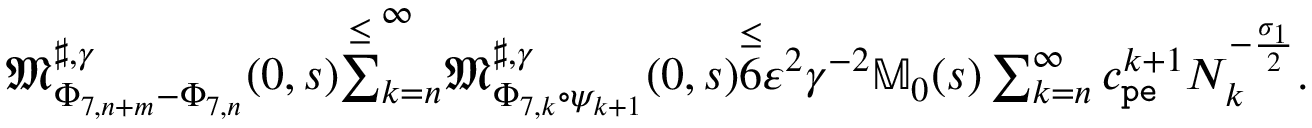
\begin{array} { r } { \mathfrak { M } _ { \Phi _ { 7 , n + m } - \Phi _ { 7 , n } } ^ { \sharp , \gamma } ( 0 , s ) \overset { \le } \sum _ { k = n } ^ { \infty } \mathfrak { M } _ { \Phi _ { 7 , k } \circ \psi _ { k + 1 } } ^ { \sharp , \gamma } ( 0 , s ) \overset \le 6 \varepsilon ^ { 2 } \gamma ^ { - 2 } \mathbb { M } _ { 0 } ( s ) \sum _ { k = n } ^ { \infty } c _ { \mathtt { p e } } ^ { k + 1 } N _ { k } ^ { - \frac { \sigma _ { 1 } } 2 } . } \end{array}